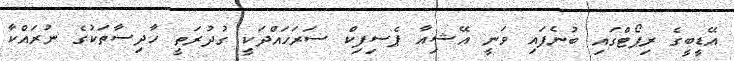
އޭޑީބީގެ ރިޕޯޓްގައި ބުނެފައި ވަނީ އޭޝިއާ ޕެސިފިކް ސަރަހައްދަކީ ގުދުރަތީ ހާދިސާތަކުގެ ނުރައްކާ